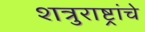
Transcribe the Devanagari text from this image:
शत्रुराष्ट्रांचे